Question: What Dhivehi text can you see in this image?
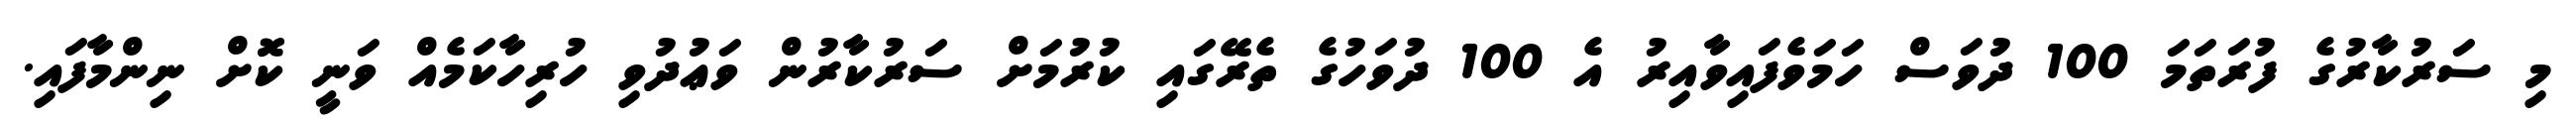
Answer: މި ސަރުކާރުގެ ފުރަތަމަ 100 ދުވަސް ހަމަވެފައިވާއިރު އެ 100 ދުވަހުގެ ތެރޭގައި ކުރުމަށް ސަރުކާރުން ވަޢުދުވި ހުރިހާކަމެއް ވަނީ ކޮށް ނިންމާފައި.